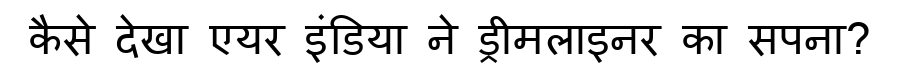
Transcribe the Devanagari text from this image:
कैसे देखा एयर इंडिया ने ड्रीमलाइनर का सपना?